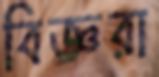
বিজ্ঞরা